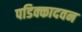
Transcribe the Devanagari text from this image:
पडिक्कादवन